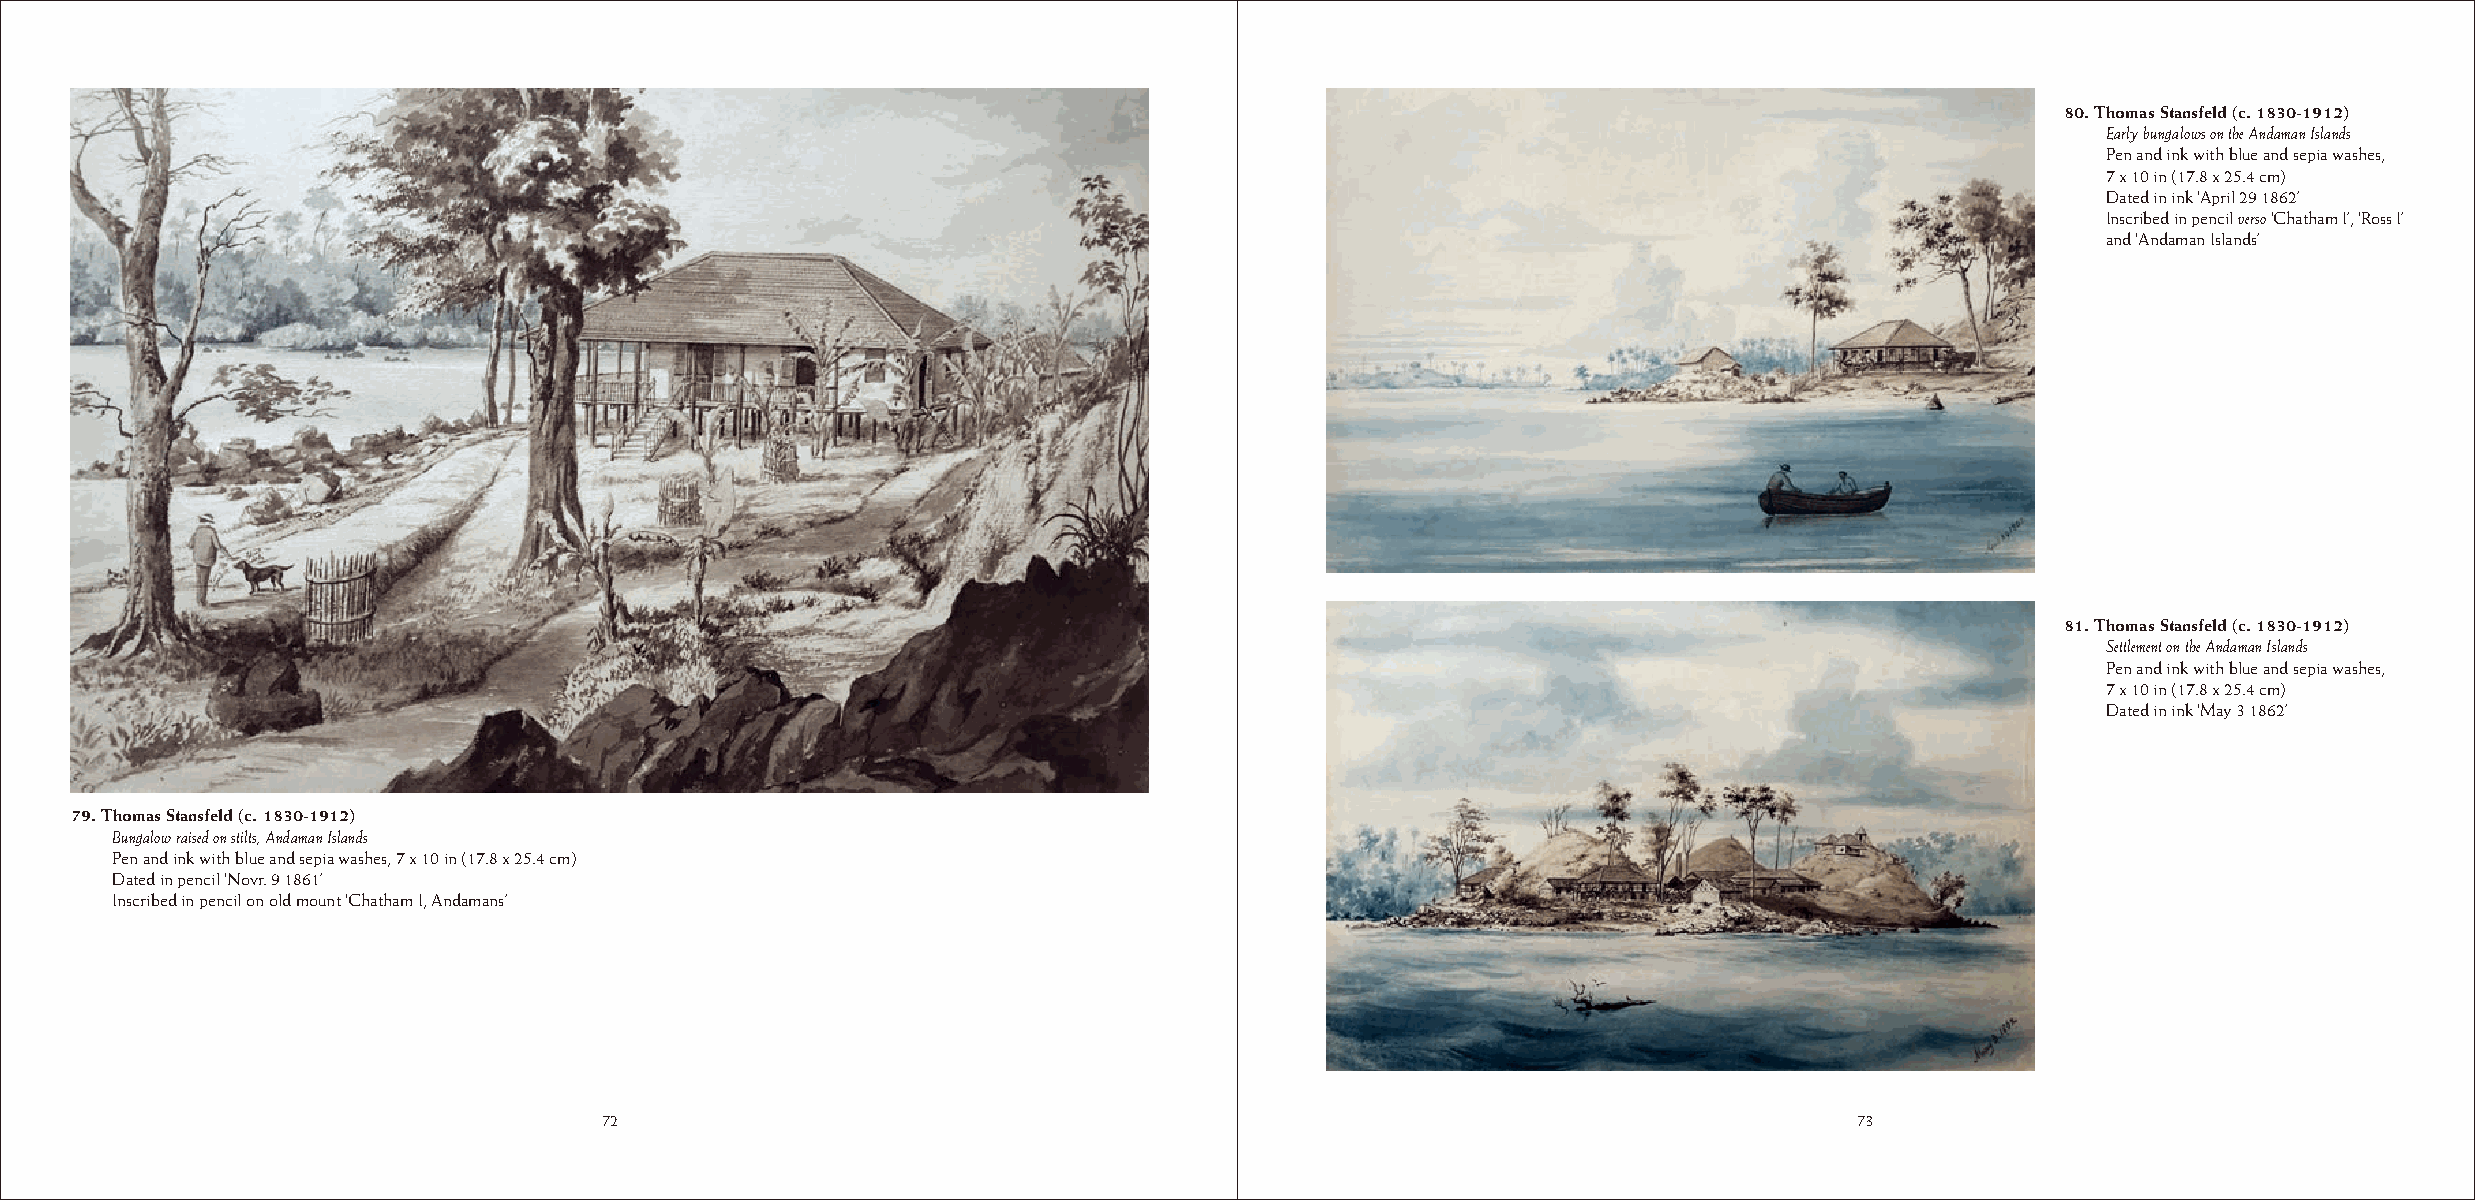
80. Thomas Stansfeld (c. 1830-1912)
 Early bungalows on the Andaman Islands
 Pen and ink with blue and sepia washes,
 7 x 10 in (17.8 x 25.4 cm)
 Dated in ink ‘April 29 1862’
 Inscribed in pencil verso ‘Chatham I’, ‘Ross I’
 and ‘Andaman Islands’
 81. Thomas Stansfeld (c. 1830-1912)
 Settlement on the Andaman Islands
 Pen and ink with blue and sepia washes,
 7 x 10 in (17.8 x 25.4 cm)
 Dated in ink ‘May 3 1862’
 79. Thomas Stansfeld (c. 1830-1912)
 Bungalow raised on stilts, Andaman Islands
 Pen and ink with blue and sepia washes, 7 x 10 in (17.8 x 25.4 cm)
 Dated in pencil ‘Novr. 9 1861’
 Inscribed in pencil on old mount ‘Chatham I, Andamans’
 72                                                                                 73
 72                                                                                 73